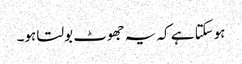
ہوسکتا ہے کہ یہ جھوٹ بولتا ہو۔